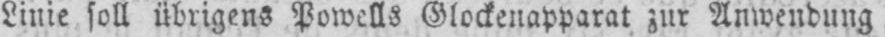
Linie soll übrigens Powells Glockenapparat zur Anwendung